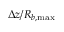
\upDelta z / R _ { b , \operatorname* { m a x } }